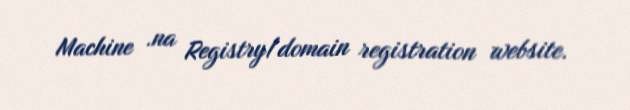
Machine .na Registry/domain registration website.